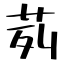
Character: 茢